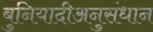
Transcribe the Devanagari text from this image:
बुनियादीअनुसंधान